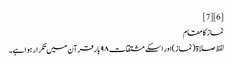
[6] [7]
نماز کا مقام
لفظ صلاۃ (نماز)اور اسکے مشتقات ۹۸ بار قرآن میں تکرار ہوا ہے۔